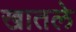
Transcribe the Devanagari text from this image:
खातले